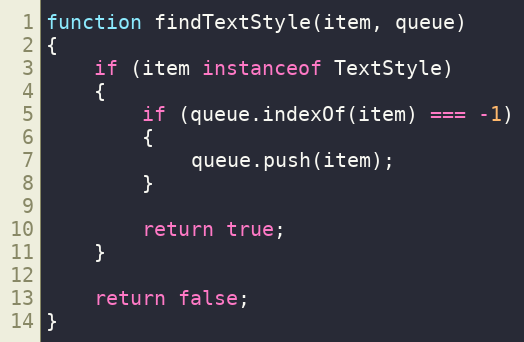
Language: JavaScript
function findTextStyle(item, queue)
{
    if (item instanceof TextStyle)
    {
        if (queue.indexOf(item) === -1)
        {
            queue.push(item);
        }

        return true;
    }

    return false;
}